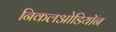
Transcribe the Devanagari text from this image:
निकलओडियॉन